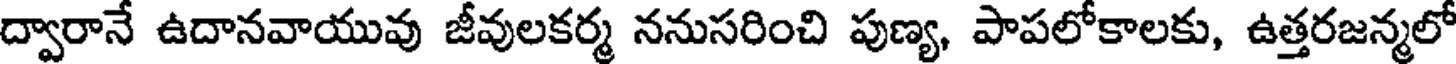
ద్వారానే ఉదానవాయువు జీవులకర్మ ననుసరించి పుణ్య, పాపలోకాలకు, ఉత్తరజన్మలో